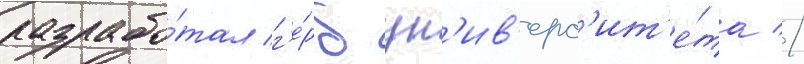
разрабо́тал г'е́рб ун'ив'ерс'ит'е́та //